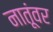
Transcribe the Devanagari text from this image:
नातूंवर